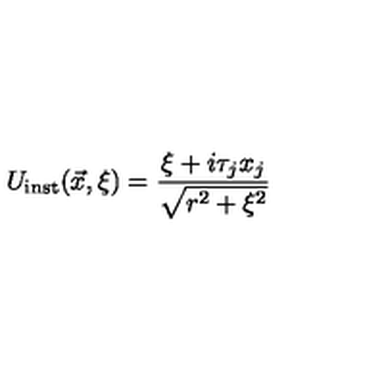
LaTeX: U _ { \mathrm { i n s t } } ( \vec { x } , \xi ) = \frac { \xi + i \tau _ { j } x _ { j } } { \sqrt { r ^ { 2 } + \xi ^ { 2 } } }